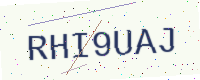
Text: RHI9UAJ